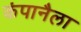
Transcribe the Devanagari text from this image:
कंपानैला